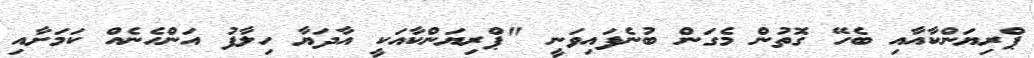
ޕްރިޔަންކާއާއި ބެހޭ ގޮތުން މެގަން ބުނެފައިވަނީ "ޕްރިޔަންކާއަކީ އާދަޔާ ހިލާފު އަންހެނެއް ކަމަށާއި